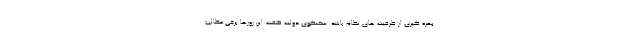
بهره گیری از ظرفیت های نظام باشد. سخنگوی دولت گفت:این روزها برخی مطالب